Reports on dispensaries and lunatic asylums in the Province of Oudh - 1869-1876
Year: 1869
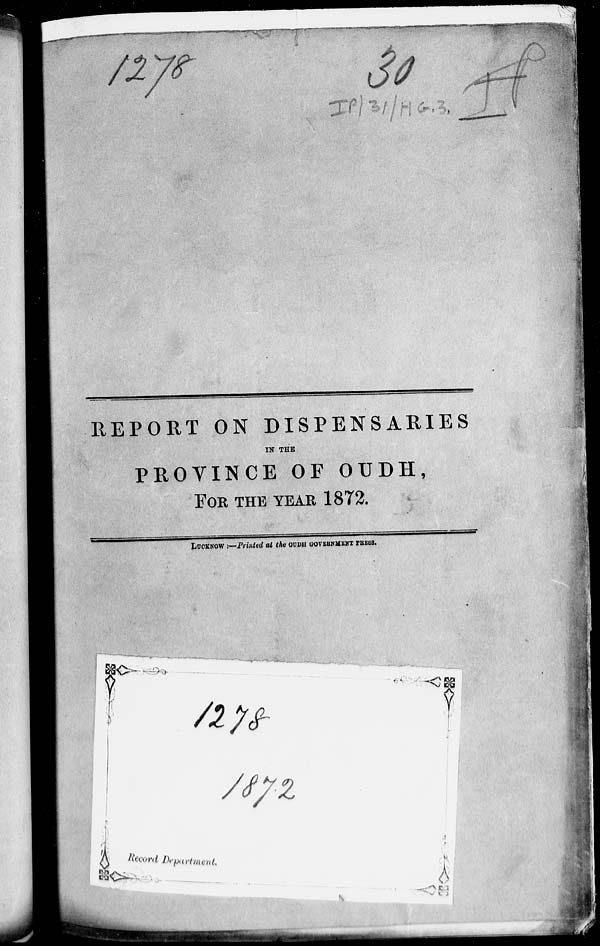
REPORT ON DISPENSARIES
IN THE
PROVINCE OF OUDH,
FOR THE YEAR 1872.
LUCKNOW:—Printed at the OUDH GOVERNMENT PRESS.